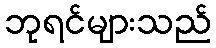
ဘုရင်များသည်